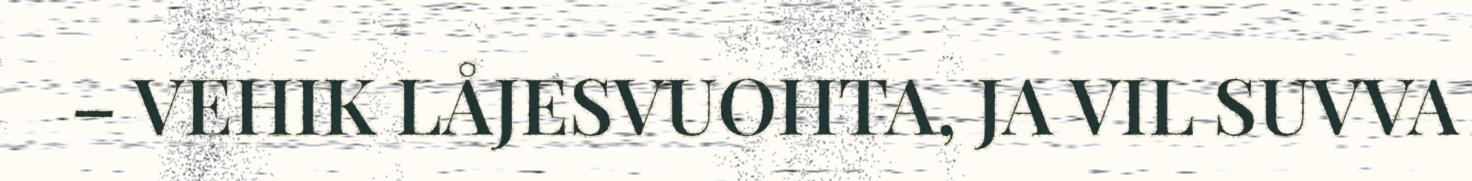
– VEHIK LÅJESVUOHTA, JA VIL SUVVA